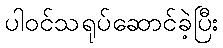
ပါဝင်သရုပ်ဆောင်ခဲ့ပြီး